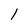
Character: 1